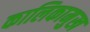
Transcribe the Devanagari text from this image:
कालिकामुख